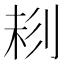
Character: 𠝁